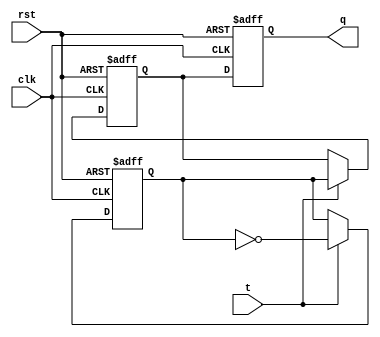
module tff (
    input wire clk,
    input wire rst,
    input wire t,
    output reg q
);

reg master_q;
reg slave_q;

always @(posedge clk or posedge rst) begin
    if (rst) begin
        master_q <= 1'b0;
        slave_q <= 1'b0;
    end else begin
        if (t) begin
            master_q <= ~master_q;
            slave_q <= master_q;
        end
    end
end

always @(negedge clk or posedge rst) begin
    if (rst) begin
        q <= 1'b0;
    end else begin
        q <= slave_q;
    end
end

endmodule